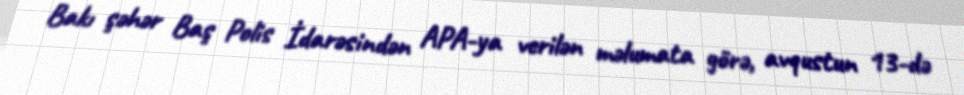
Bakı şəhər Baş Polis İdarəsindən APA-ya verilən məlumata görə, avqustun 13-də